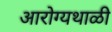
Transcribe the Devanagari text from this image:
आरोग्यथाळी